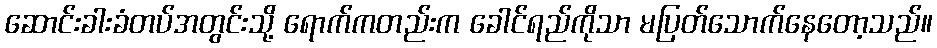
ဆောင်းခါးခံတပ်အတွင်းသို့ ရောက်ကတည်းက ခေါင်ရည်ကိုသာ မပြတ်သောက်နေတော့သည်။